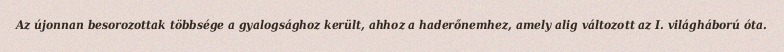
Az újonnan besorozottak többsége a gyalogsághoz került, ahhoz a haderőnemhez, amely alig változott az I. világháború óta.